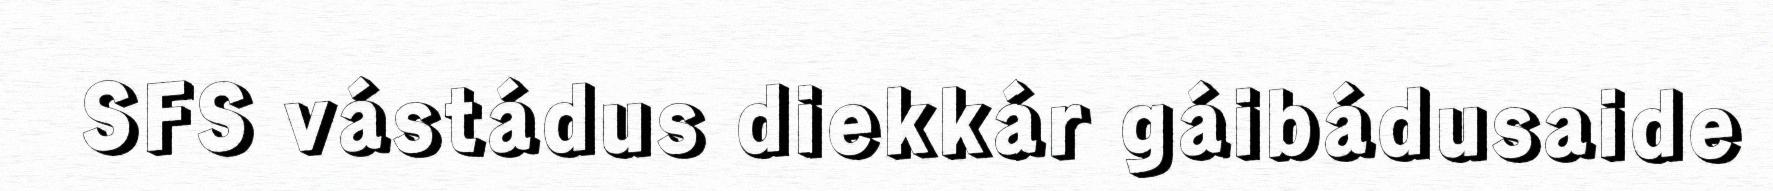
SFS vástádus diekkár gáibádusaide